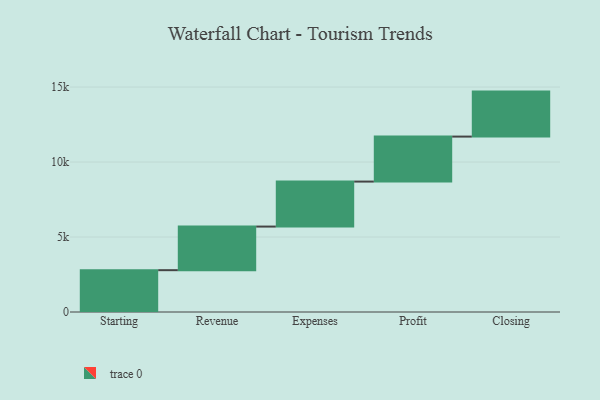
{"axis": {"x": "Step", "y": "Value"}, "legend": [""], "data": [{"x": "Starting", "y": 2789.0, "type": ""}, {"x": "Revenue", "y": 2908.0, "type": ""}, {"x": "Expenses", "y": 3000, "type": ""}, {"x": "Profit", "y": 3000, "type": ""}, {"x": "Closing", "y": 3000, "type": ""}]}